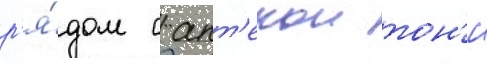
р'я́дом с апт'екои тон'и